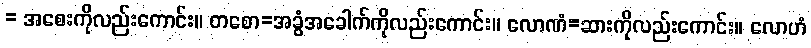
= အစေးကိုလည်းကောင်း။ တစော=အခွံအခေါက်ကိုလည်းကောင်း။ လောဏံ=ဆားကိုလည်းကောင်း။ လောဟံ